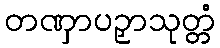
တဏှာပဉှာသုတ္တံ